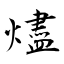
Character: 燼